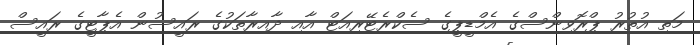
މަތި އުތުރު ޕްރޮވިންސްގެ އެމްޑީޕީގެ ސެކްރެޓޭރިއަޓް އާއި ދާއިރާތަކުގެ ރައީސުން އެޕާޓީގެ ރައީސް